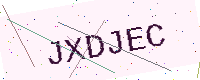
Text: JXDJEC